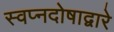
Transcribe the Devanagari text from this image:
स्वप्नदोषाद्वारे